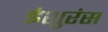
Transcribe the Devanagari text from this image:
इंशुरंस